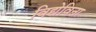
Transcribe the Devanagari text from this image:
विद्येविना